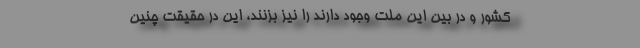
کشور و در بین این ملت وجود دارند را نیز بزنند، این در حقیقت چنین